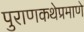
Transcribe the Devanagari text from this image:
पुराणकथेप्रमाणे